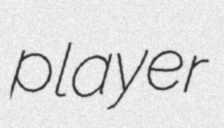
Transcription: player